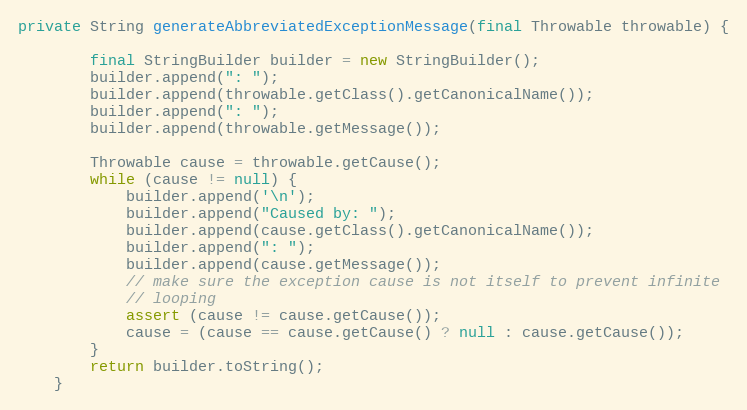
Language: Java
private String generateAbbreviatedExceptionMessage(final Throwable throwable) {

		final StringBuilder builder = new StringBuilder();
		builder.append(": ");
		builder.append(throwable.getClass().getCanonicalName());
		builder.append(": ");
		builder.append(throwable.getMessage());

		Throwable cause = throwable.getCause();
		while (cause != null) {
			builder.append('\n');
			builder.append("Caused by: ");
			builder.append(cause.getClass().getCanonicalName());
			builder.append(": ");
			builder.append(cause.getMessage());
			// make sure the exception cause is not itself to prevent infinite
			// looping
			assert (cause != cause.getCause());
			cause = (cause == cause.getCause() ? null : cause.getCause());
		}
		return builder.toString();
	}